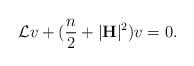
LaTeX: \begin{align*}\mathcal{L}v+(\dfrac{n}{2}+|{\bf H}|^2)v=0.\end{align*}